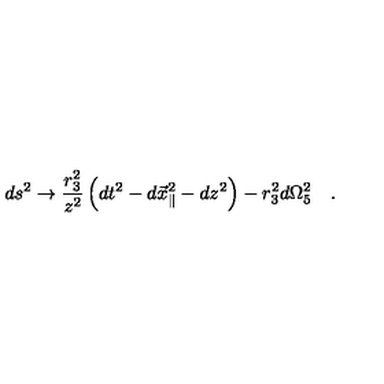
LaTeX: d s ^ { 2 } \rightarrow { \frac { r _ { 3 } ^ { 2 } } { z ^ { 2 } } } \left( d t ^ { 2 } - d { \vec { x } } _ { \parallel } ^ { 2 } - d z ^ { 2 } \right) - r _ { 3 } ^ { 2 } d \Omega _ { 5 } ^ { 2 } \quad .